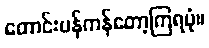
တောင်းပန်ကန်တော့ကြရပုံ။